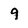
Character: 9